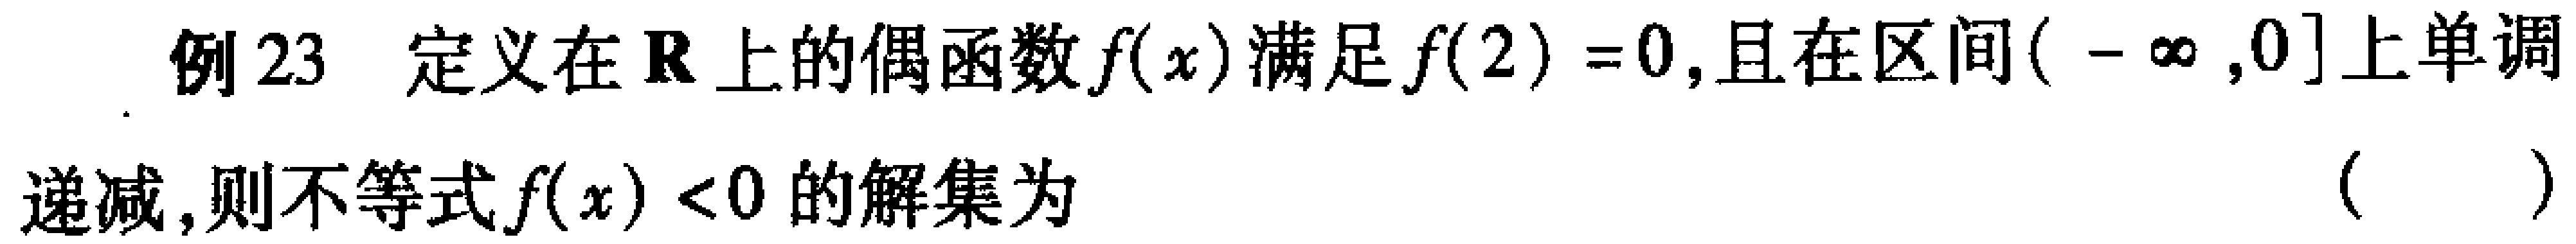
例23 定义在\(\mathbb{R}\)上的偶函数\(f(x)\)满足\(f(2)=0\),且在区间\((-\infty,0]\)上单调递减,则不等式\(f(x)<0\)的解集为 （  ）